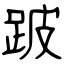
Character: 跛